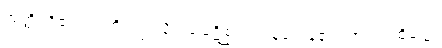
အတ္ထိ၊ ရှိ၏။ ဣတိ။ ဤသို့။ သမ္ပဋိစ္ဆိံသု၊ ဝန်ခံကုန်၏။ အထ၊ ထိုခါ၌။